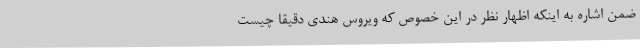
ضمن اشاره به اینکه اظهار نظر در این خصوص که ویروس هندی دقیقا چیست